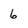
Character: 6